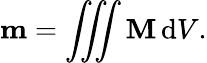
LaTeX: \mathbf{m}=\iiint\mathbf{M}\, \mathrm{d}V.